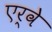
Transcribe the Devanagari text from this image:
एर्वे